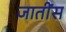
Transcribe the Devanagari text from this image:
जातींस